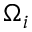
\Omega _ { i }